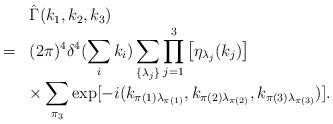
LaTeX: \begin{align*}\begin{array}{rl}&\hat{\Gamma}(k_1,k_2,k_3)\\ =&\displaystyle (2\pi)^4\delta^4(\sum_ik_i)\sum_{\{\lambda_j\}}\prod_{j=1}^3\left[\eta_{\lambda_j}(k_j)\right]\\&\displaystyle\times\sum_{\pi_3}\exp[-i(k_{\pi(1)\lambda_{\pi(1)}},k_{\pi(2)\lambda_{\pi(2)}},k_{\pi(3)\lambda_{\pi(3)}})]. \end{array}\end{align*}